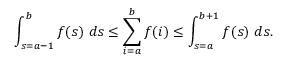
\int _ { s = a - 1 } ^ { b } f ( s ) \ d s \leq \sum _ { i = a } ^ { b } f ( i ) \leq \int _ { s = a } ^ { b + 1 } f ( s ) \ d s .